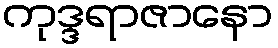
ကုဒ္ဒရာဇာနော